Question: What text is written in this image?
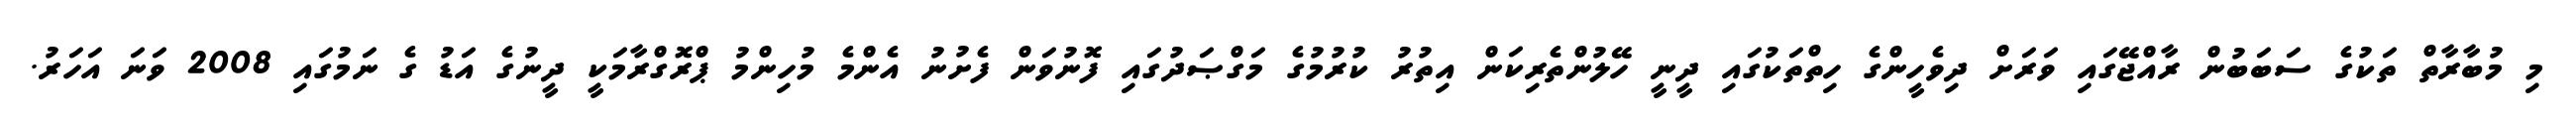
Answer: މި މުބާރާތް ތަކުގެ ސަބަބުން ރާއްޖޭގައި ވަރަށް ދިވެހީންގެ ހިތްތަކުގައި ދީނީ ހޭލުންތެރިކަން އިތުރު ކުރުމުގެ މަގްޞަދުގައި ފޮނުވަން ފެށުނު އެންމެ މުހިންމު ޕްރޮގްރާމަކީ ދީނުގެ އަޑު ގެ ނަމުގައި 2008 ވަނަ އަހަރު.